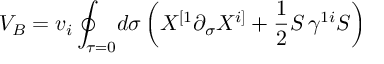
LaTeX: V _ { B } = v _ { i } \oint _ { \tau = 0 } \! d \sigma \left( X ^ { [ 1 } \partial _ { \sigma } X ^ { i ] } + \frac { 1 } { 2 } S \, \gamma ^ { 1 i } S \right)